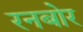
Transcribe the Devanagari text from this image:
रनबोर